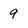
Character: 9